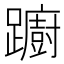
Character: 躕